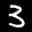
Label: 3